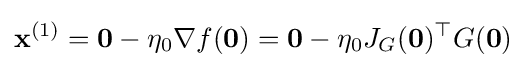
\mathbf {x} ^{(1)}=\mathbf {0} -\eta _{0}\nabla f(\mathbf {0} )=\mathbf {0} -\eta _{0}J_{G}(\mathbf {0} )^{\top }G(\mathbf {0} )